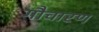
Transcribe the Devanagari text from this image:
गौचारण